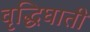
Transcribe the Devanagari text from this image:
वृद्धिघाती